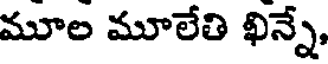
మూల మూలేతి ఖిన్నే,